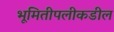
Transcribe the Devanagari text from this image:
भूमितीपलीकडील